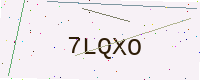
Text: 7LQXO